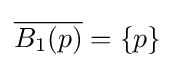
{\overline {B_{1}(p)}}=\{p\}